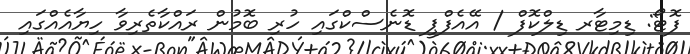
ފޮޓޯ: ޑިމިޓާރ ޑިލްކޮފް / އޭއެފްޕީ ޑޮނެސްކްގައި ހުރި ބޮމުން ރައްކާތެރިވާ ހިޔާއެއްގައި